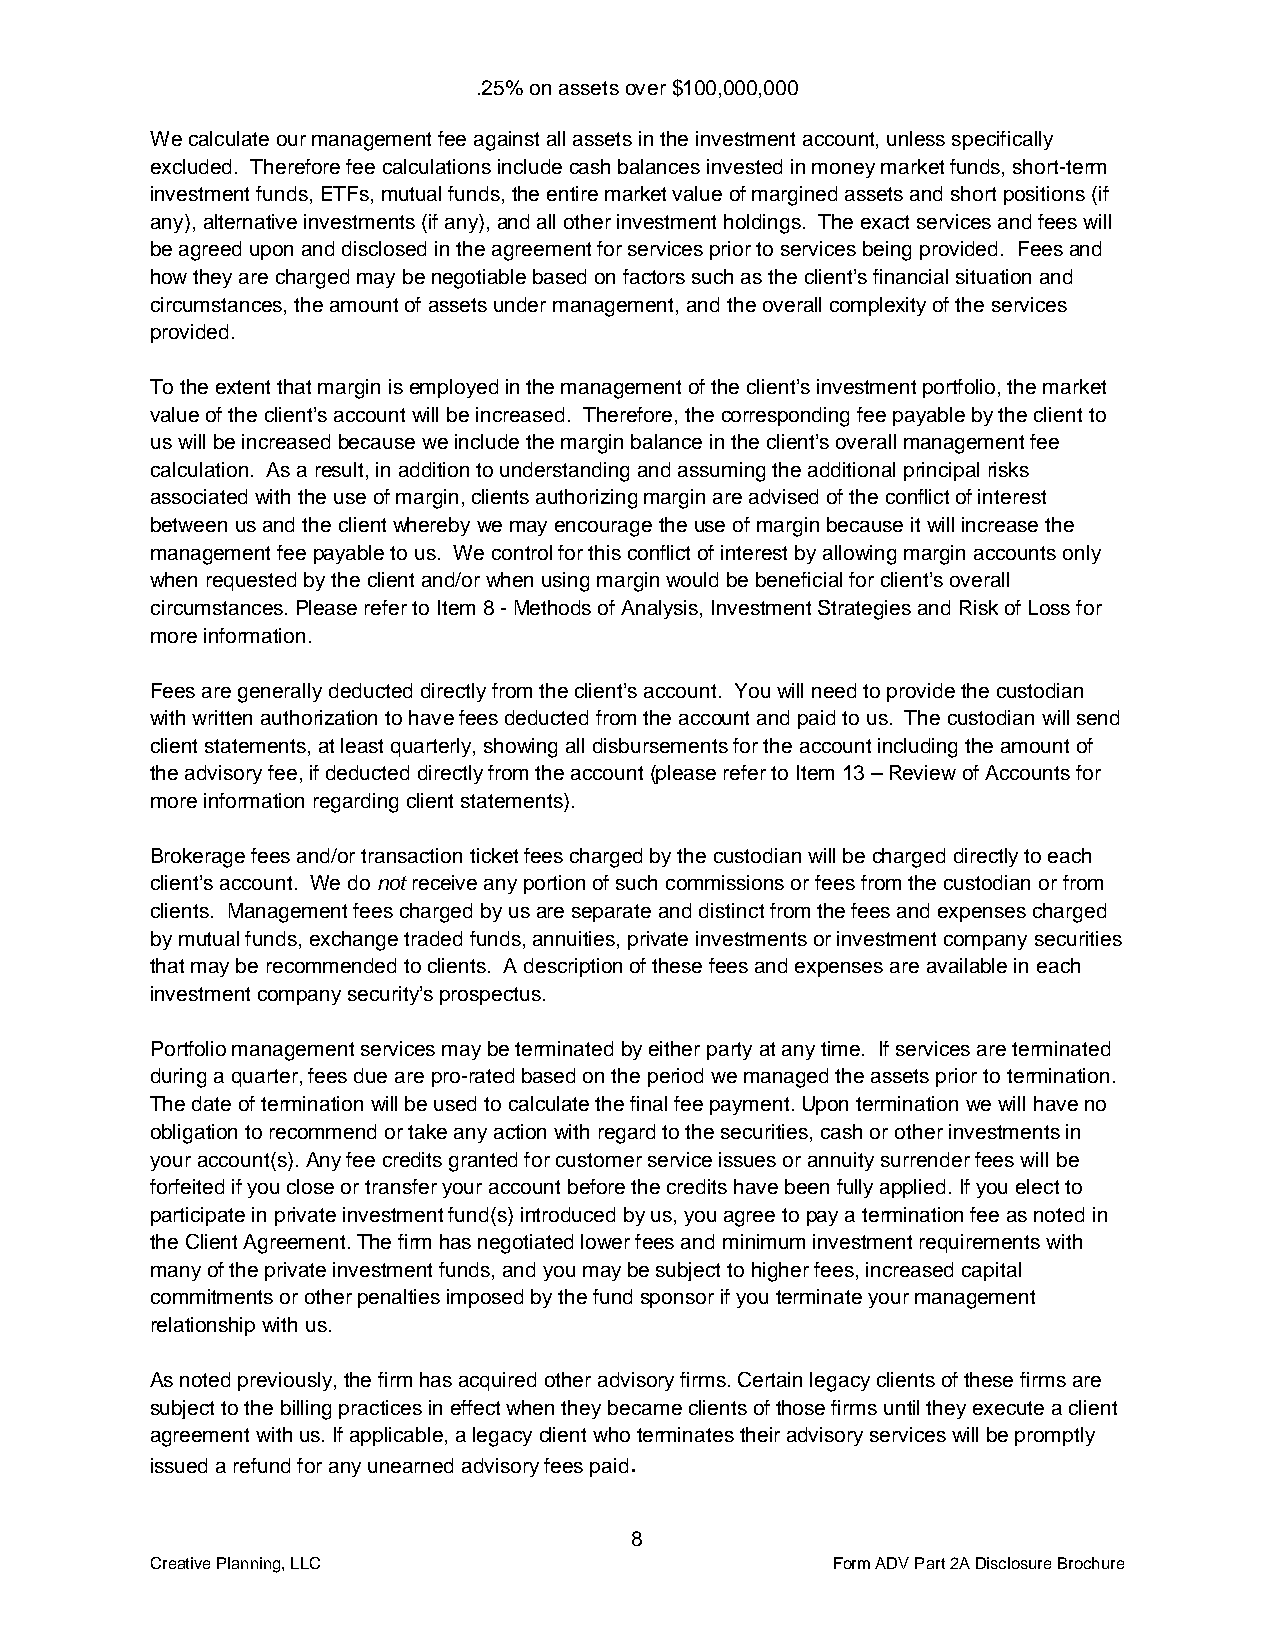
.25% on assets over $100,000,000
 We calculate our management fee against all assets in the investment account, unless specifically
 excluded. Therefore fee calculations include cash balances invested in money market funds, short-term
 investment funds, ETFs, mutual funds, the entire market value of margined assets and short positions (if
 any), alternative investments (if any), and all other investment holdings. The exact services and fees will
 be agreed upon and disclosed in the agreement for services prior to services being provided. Fees and
 how they are charged may be negotiable based on factors such as the client’s financial situation and
 circumstances, the amount of assets under management, and the overall complexity of the services
 provided.
 To the extent that margin is employed in the management of the client’s investment portfolio, the market
 value of the client’s account will be increased. Therefore, the corresponding fee payable by the client to
 us will be increased because we include the margin balance in the client’s overall management fee
 calculation. As a result, in addition to understanding and assuming the additional principal risks
 associated with the use of margin, clients authorizing margin are advised of the conflict of interest
 between us and the client whereby we may encourage the use of margin because it will increase the
 management fee payable to us. We control for this conflict of interest by allowing margin accounts only
 when requested by the client and/or when using margin would be beneficial for client’s overall
 circumstances. Please refer to Item 8 - Methods of Analysis, Investment Strategies and Risk of Loss for
 more information.
 Fees are generally deducted directly from the client’s account. You will need to provide the custodian
 with written authorization to have fees deducted from the account and paid to us. The custodian will send
 client statements, at least quarterly, showing all disbursements for the account including the amount of
 the advisory fee, if deducted directly from the account (please refer to Item 13 – Review of Accounts for
 more information regarding client statements).
 Brokerage fees and/or transaction ticket fees charged by the custodian will be charged directly to each
 client’s account. We do not receive any portion of such commissions or fees from the custodian or from
 clients. Management fees charged by us are separate and distinct from the fees and expenses charged
 by mutual funds, exchange traded funds, annuities, private investments or investment company securities
 that may be recommended to clients. A description of these fees and expenses are available in each
 investment company security’s prospectus.
 Portfolio management services may be terminated by either party at any time. If services are terminated
 during a quarter, fees due are pro-rated based on the period we managed the assets prior to termination.
 The date of termination will be used to calculate the final fee payment. Upon termination we will have no
 obligation to recommend or take any action with regard to the securities, cash or other investments in
 your account(s). Any fee credits granted for customer service issues or annuity surrender fees will be
 forfeited if you close or transfer your account before the credits have been fully applied. If you elect to
 participate in private investment fund(s) introduced by us, you agree to pay a termination fee as noted in
 the Client Agreement. The firm has negotiated lower fees and minimum investment requirements with
 many of the private investment funds, and you may be subject to higher fees, increased capital
 commitments or other penalties imposed by the fund sponsor if you terminate your management
 relationship with us.
 As noted previously, the firm has acquired other advisory firms. Certain legacy clients of these firms are
 subject to the billing practices in effect when they became clients of those firms until they execute a client
 agreement with us. If applicable, a legacy client who terminates their advisory services will be promptly
 issued a refund for any unearned advisory fees paid.
 8
 Creative Planning, LLC                       Form ADV Part 2A Disclosure Brochure